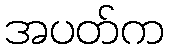
အပတ်က